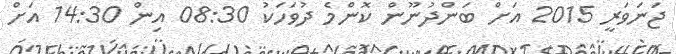
ޖަނަވަރީ 2015 އަށް ބަންދުނޫން ކޮންމެ ދުވަހަކު 08:30 އިން 14:30 އަށް